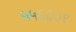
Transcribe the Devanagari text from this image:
५५६६०१